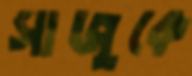
সাজুকে